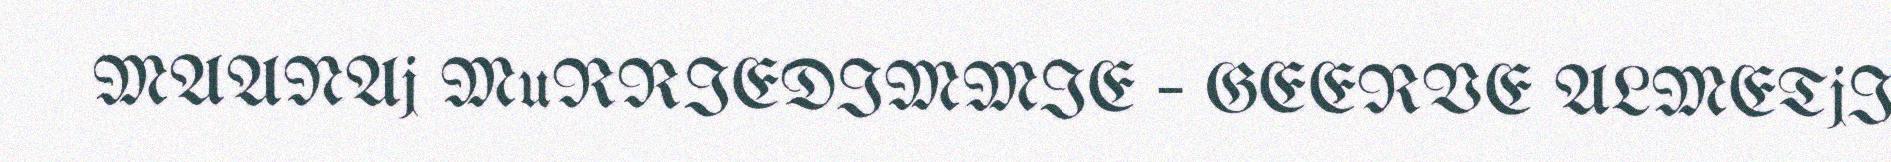
MAANAj MuRRIEDIMMIE – GEERVE ALMETjI